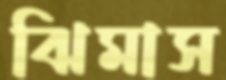
ঝিমাস